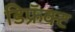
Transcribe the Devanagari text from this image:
डिफ्रॅक्ट